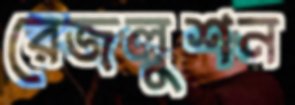
রেজলুশন